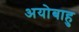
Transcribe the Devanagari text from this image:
अयोबाहु